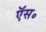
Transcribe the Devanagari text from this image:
ऍस॰